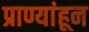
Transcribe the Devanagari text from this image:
प्राण्यांहून